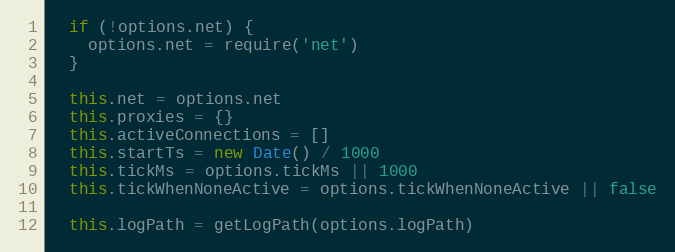
Language: JavaScript
  if (!options.net) {
    options.net = require('net')
  }

  this.net = options.net
  this.proxies = {}
  this.activeConnections = []
  this.startTs = new Date() / 1000
  this.tickMs = options.tickMs || 1000
  this.tickWhenNoneActive = options.tickWhenNoneActive || false

  this.logPath = getLogPath(options.logPath)